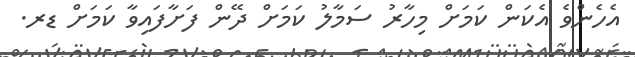
އެހެންވެ އެކަން ކަމަށް މިހާރު ސަމާލު ކަމަށް ދޭން ފަށާފައިވާ ކަމަށް ޑރ.